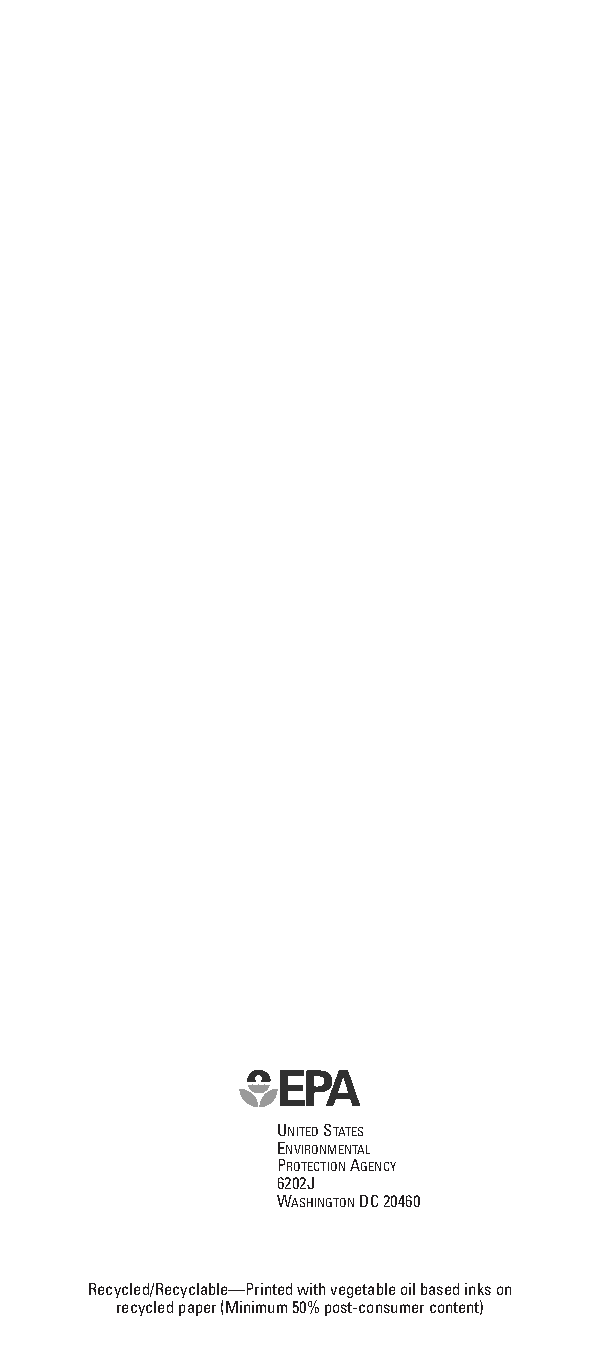
WHY   SEAL AND   INSULATE?
 U.S. Environmental Protection Agency
 Sealing and insulating the "envelope" or "shell" of your
 home—its outer walls, ceiling, windows, doors, and
 floors—is often the most cost effective way to improve
 Seal     and
 energy efficiencyand comfort. A knowledgeable
 homeowner or skilled contractor can save up to 20% on
 heating and cooling costs (or up to 10% on total annual
 energy bills) by sealing and insulating.                                               Insulate      with
 To Seal and Insulate with ENERGY STAR:
 •Seal air leaksthroughout the home to stop drafts,                                     ENERGY         STAR®
 •Add insulationto block heat loss in winter and heat
 gain in summer,and
 •Choose ENERGY STARqualified windows when
 replacing.
 BENEFITS
 •Lower utility bills
 •Improved comfort, especially during summer
 and winter
 •Reduced noise from outside
 •Less pollen, dust, and insects entering your home
 •Better humidity control
 GETTINGSTARTED
 If your attic is accessible and you like home improvement
 projects, check out our DIYGuide to Sealing and
 Insulating with ENERGYSTAR, available at energystar.gov.
 The Guide offers step-by-step instructions for sealing
 common air leaks and adding insulation to the attic.
 For a more comprehensive approach, hire a contractor
 that uses special diagnostic tools to pinpoint and seal the
 hidden air leaks in your home. Ask local insulating
 companies or home energy professionals if they offer
 these services.
 UNITED STATES
 ENVIRONMENTAL
 PROTECTION AGENCY
 6202J
 WASHINGTON DC 20460
 Recycled/Recyclable—Printed with vegetable oil based inks on
 recycled paper (Minimum 50% post-consumer content)   EPA 430F-09-052 March 2009